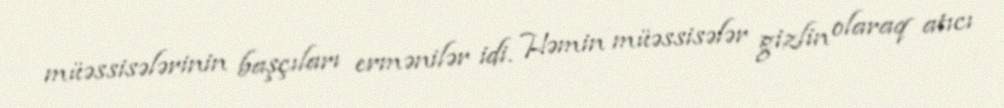
müəssisələrinin başçıları ermənilər idi. Həmin müəssisələr gizlin olaraq atıcı